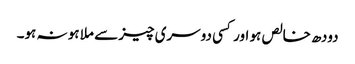
دودھ خالص ہو اور کسی دوسری چیز سے ملا ہو نہ ہو۔